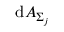
\mathrm { d } A _ { \Sigma _ { j } }